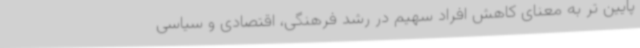
پایین تر به معنای کاهش افراد سهیم در رشد فرهنگی،‌ اقتصادی و سیاسی